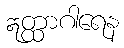
ဣတ္ထာဂါရေန